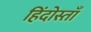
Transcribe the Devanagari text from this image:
हिंदोस्ताँ